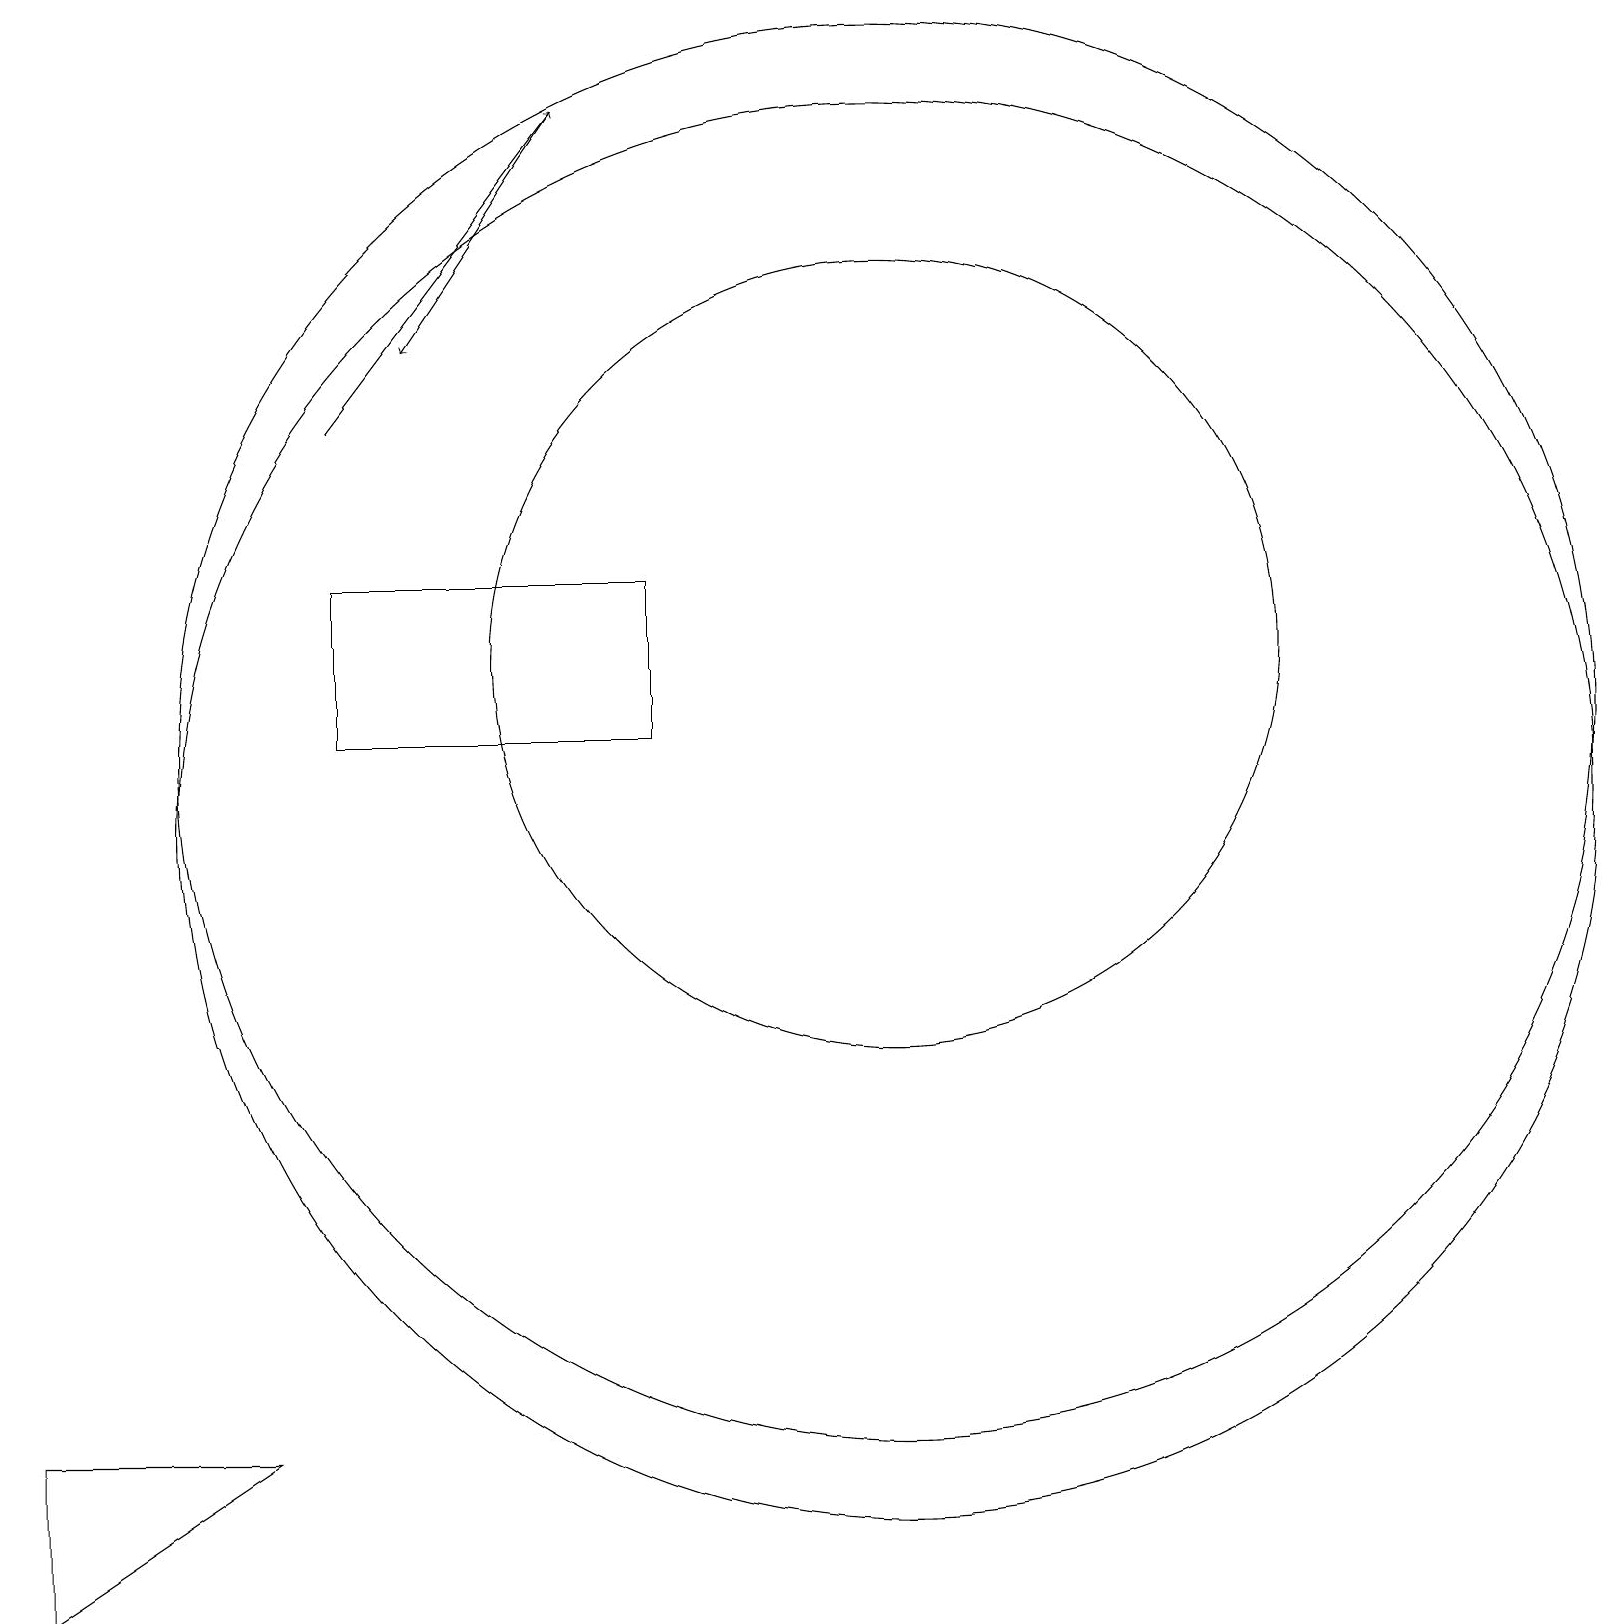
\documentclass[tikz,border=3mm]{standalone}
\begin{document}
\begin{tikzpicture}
\draw (11,12) circle (5);
\draw (11,11) circle (9);
\draw[->] (4,15) -- (7,19);
\draw[->] (7,19) -- (5,16);
\draw (4,13) rectangle (8,11);
\draw (0,2) -- (3,2) -- (0,0) -- cycle;
\draw (11,10) circle (9);
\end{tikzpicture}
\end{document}